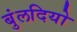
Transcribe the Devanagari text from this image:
बुंलदियो